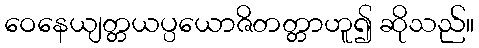
ဝေနေယျတ္တယပ္ပယောဇိတတ္တာဟူ၍ ဆိုသည်။